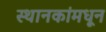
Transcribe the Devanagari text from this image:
स्थानकांमधून